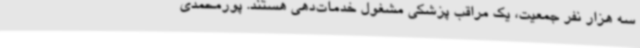
سه هزار نفر جمعیت، یک مراقب پزشکی مشغول خدمات‌دهی هستند. پورمحمدی